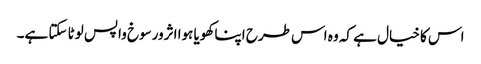
اس کا خیال ہے کہ وہ اس طرح اپنا کھویا ہوا اثرورسوخ واپس لوٹا سکتا ہے۔